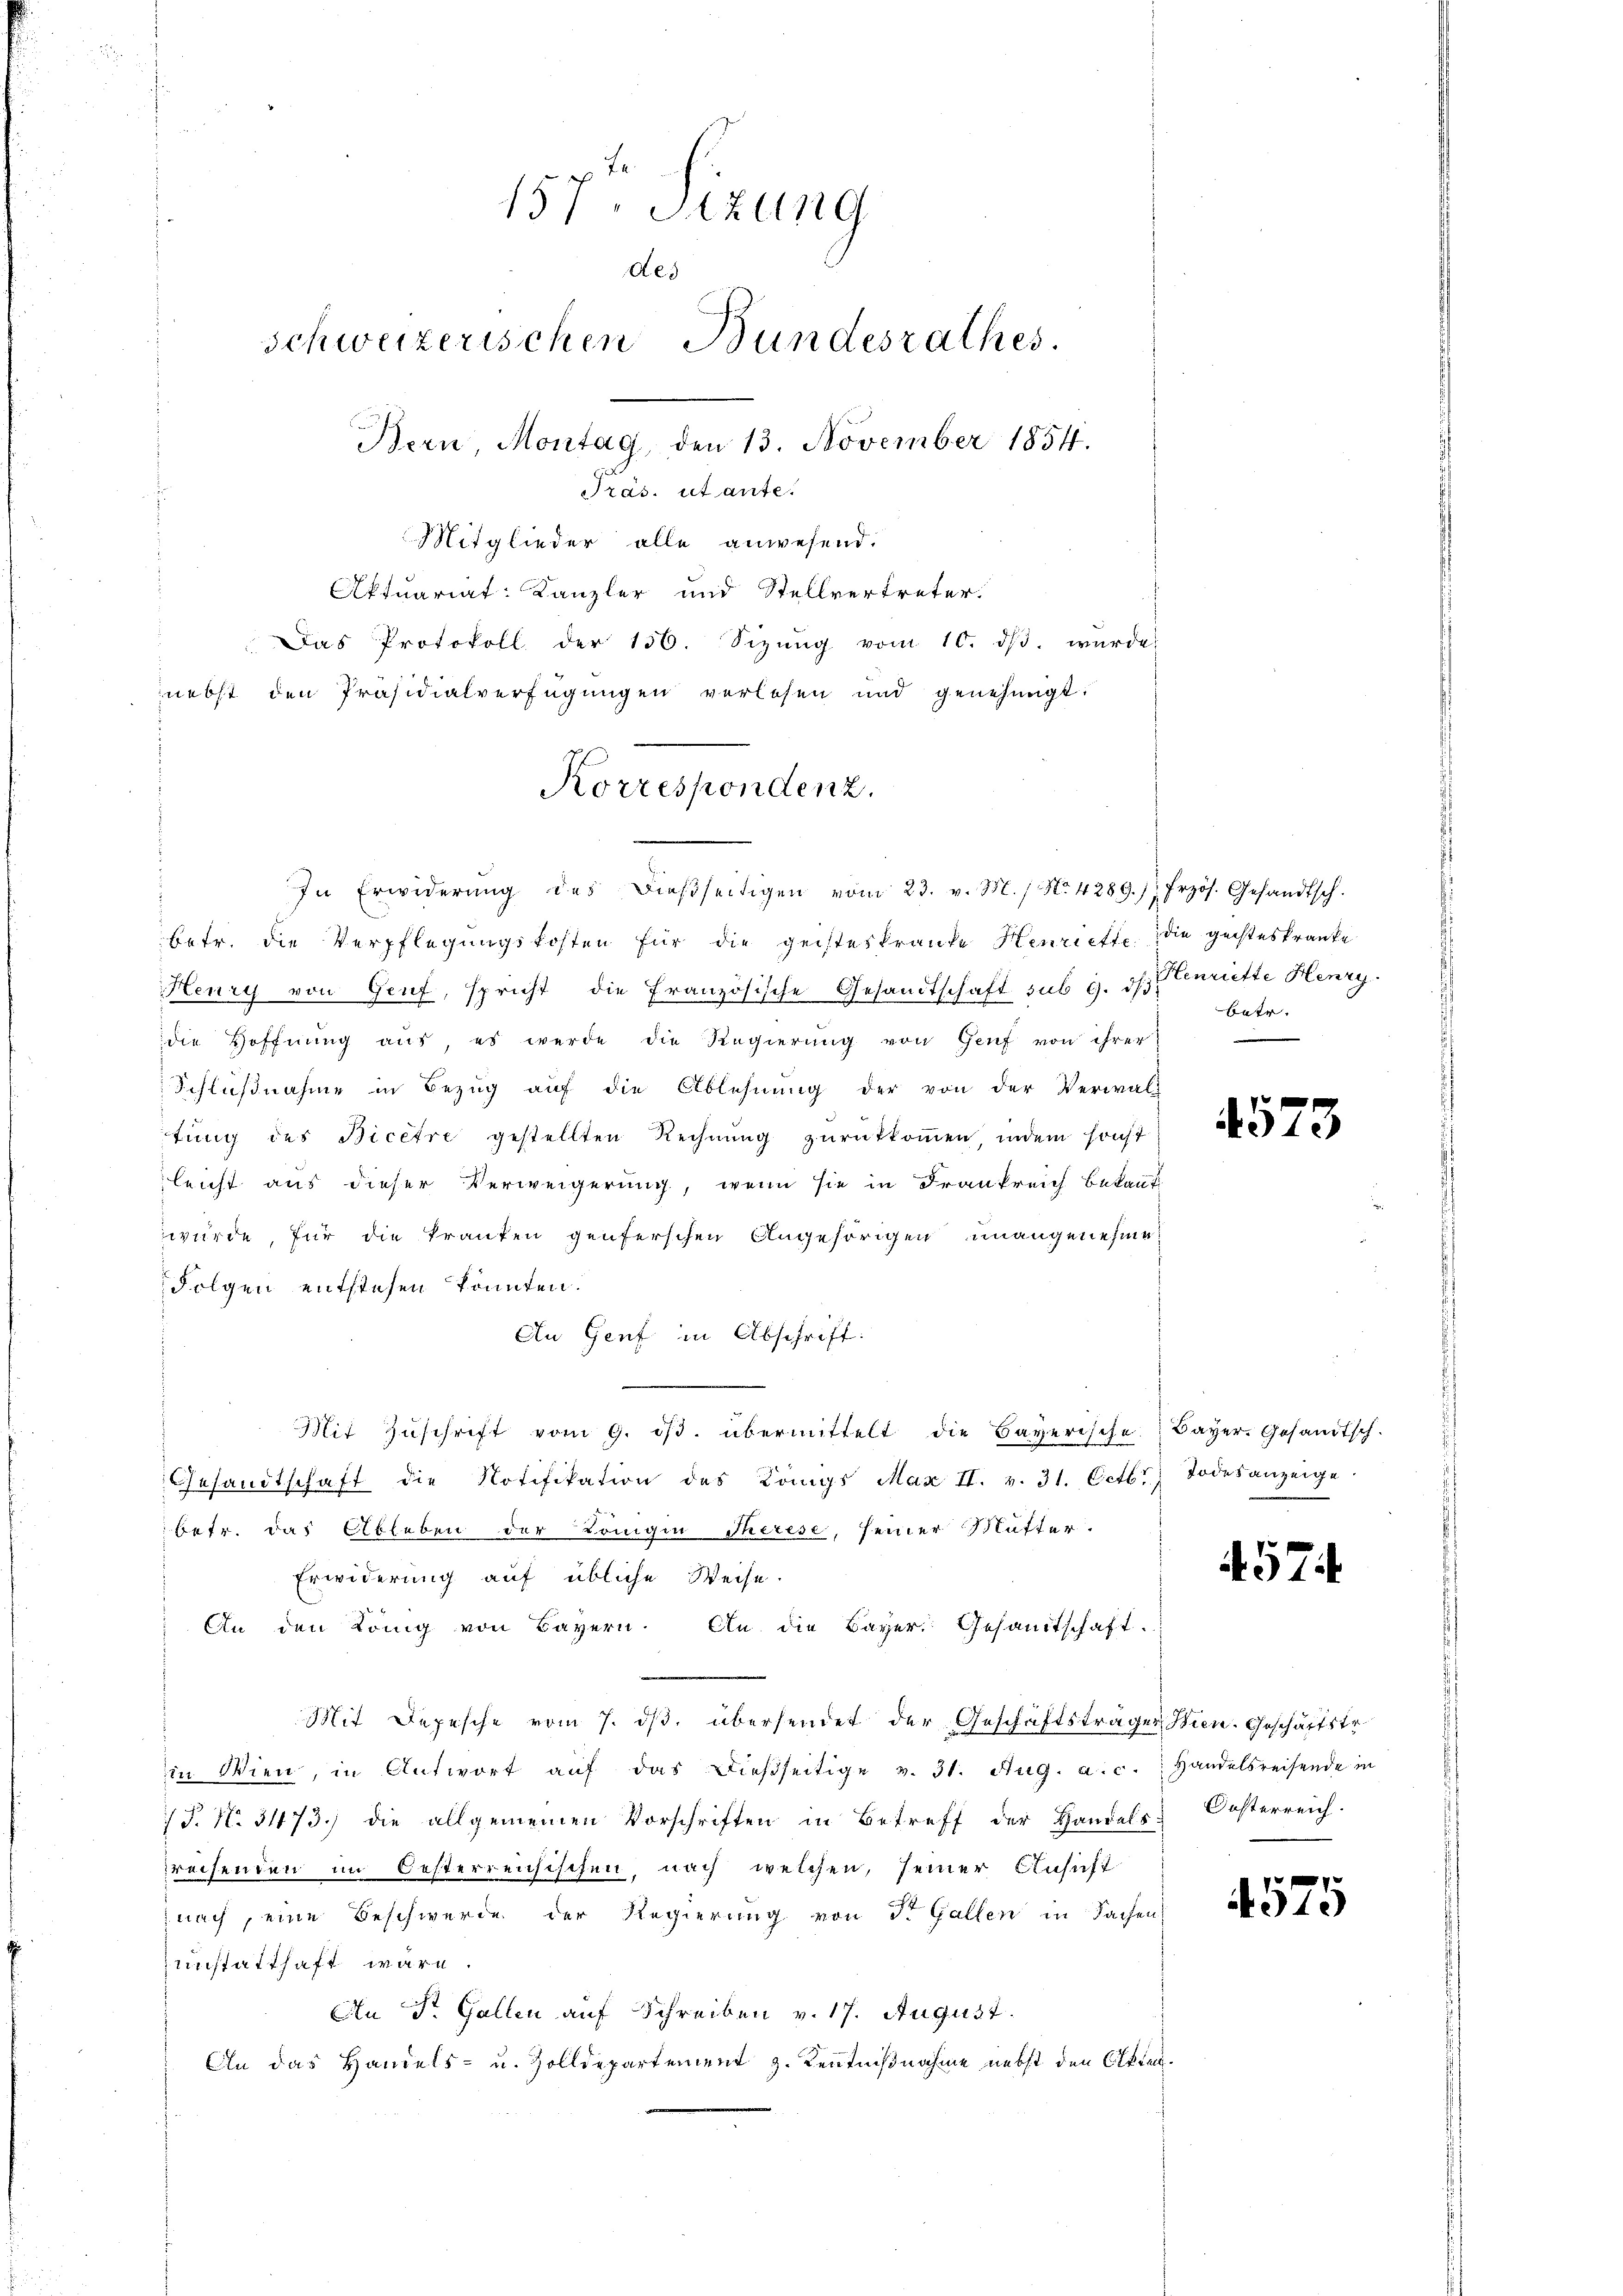
157. Sizung
des
schweizerischen Bundesrathes.
Bern, Montag, den 13. November 1854.
Präs. ut ante.
Mitglieder alle anwesend.

Korrespondenz.

Aktuariat Kanzler und Stellvertreter.
Das Protokoll der 156. Sizŭng vom 10. dβ. würde
nebst den Präsidialverfügungen verlesen und genehmigt:
In Erwiderŭng des dieβseitigen vom 23. v. M. / No. 4289. 1. Frzös. Gesandtsch.
betr. die Verpflegungskosten für die geisteskranke Henriette die geisteskranke
Henry von Genf, spricht die Französische Gesandtschaft sub 9. ds. Genriette Henry
die Hoffnung aus, es werde die Regierung von Genf von ihrer
Schlußnahme in Bezug auf die Ablehnung der von der Verwal-
tung des Bicêtre gestellten Rechnŭng zurückkommen indem sonst
leicht aus dieser Verweigerung, wenn sie in Frankreich bekannt
würde, für die kranken genferschen Angehörigen unangenehme
Folgen entstehen könnten.
An Genf in Abschrift:
Mit Zŭschrift vom 9. dβ. übermittelt die Bayerische Bayer. Gesandtsch.
Gesandtschaft die Notifikation des Königs Max II. v. 31. Octbr. Todesanzeige
betr. das Ableben der Bringen Therese, seiner Mutter.
Erwiderung auf übliche Weise.
An den König von Bayern. An die Bayer. Gesamtschaft.
Mit Depesche vom 7. ds. übersendet der Geschäftsträger Wien. Geschäftstein Wien, in Antwort aŭf das dießseitige v. 31. Aug. a. c. Handelsreisende in
/T. N. 31173. die allgemeinen Vorschriften in Betreff der Handels. Oesterreich.
rechenden im Oesterreichischen, nach welchen, seiner Ansucht
nach, eine Beschwerde der Regierung von St. Gallen in Sachen
unstatthaft wäre.
An Dr. Gallen auf Schreiben v. 17. August.
An das Handels- u. Zolldepartement z. Kenntnißnahme nebst den Olten.

Batr.

4573

4. 574

4575